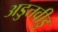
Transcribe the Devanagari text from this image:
अडुत्तवीडु